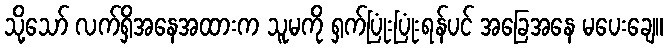
သို့သော် လက်ရှိအနေအထားက သူမကို ရှက်ပြုံးပြုံးရန်ပင် အခြေအနေ မပေးချေ။